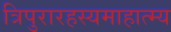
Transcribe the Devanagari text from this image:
त्रिपुरारहस्यमाहात्म्य